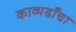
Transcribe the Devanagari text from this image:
काव्यढाँचा